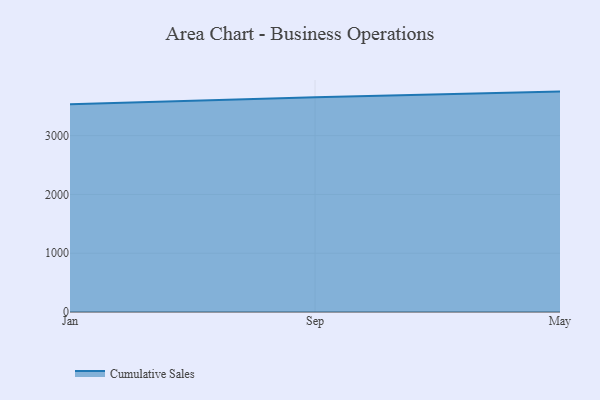
{"axis": {"x": "Month", "y": "Headcount"}, "legend": ["Cumulative Sales"], "data": [{"x": "Jan", "y": 3533.4, "type": "Cumulative Sales"}, {"x": "Sep", "y": 3654.4, "type": "Cumulative Sales"}, {"x": "May", "y": 3749.0, "type": "Cumulative Sales"}]}